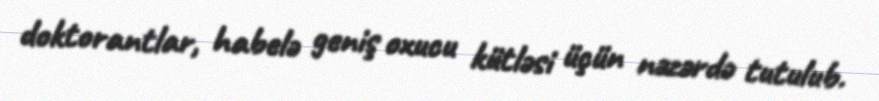
doktorantlar, habelə geniş oxucu kütləsi üçün nəzərdə tutulub.